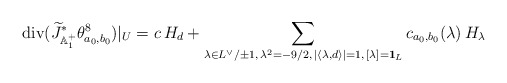
\begin{align*}{\rm div}(\widetilde{J}_{{\Bbb A}_{1}^{+}}^{*}\theta_{a_{0},b_{0}}^{8})|_{U}=c\,H_{d}+\sum_{\lambda\in L^{\lor}/\pm1,\,\lambda^{2}=-9/2,\,|\langle\lambda,d\rangle|=1,\,[\lambda]={\bf 1}_{L}}c_{a_{0},b_{0}}(\lambda)\,H_{\lambda}\end{align*}